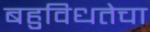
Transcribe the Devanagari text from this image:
बहुविधतेचा